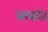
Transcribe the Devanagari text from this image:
बलांत